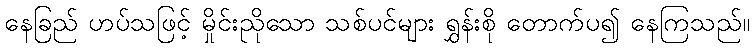
နေခြည် ဟပ်သဖြင့် မှိုင်းညိုသော သစ်ပင်များ ရွှန်းစို တောက်ပ၍ နေကြသည်။